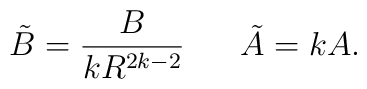
\tilde{B}=\frac{B}{kR^{2k-2}} \;\;\;\;\;\; \tilde{A}=kA.